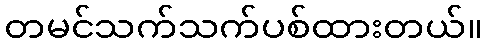
တမင်သက်သက်ပစ်ထားတယ်။